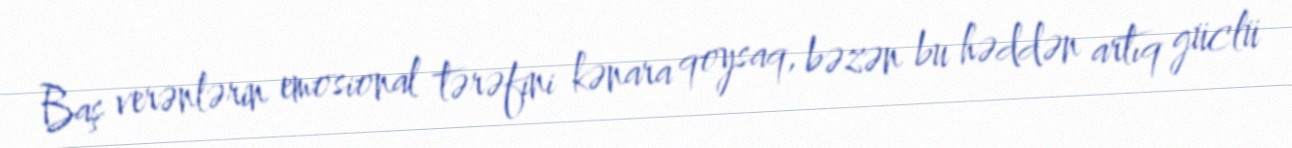
Baş verənlərin emosional tərəfini kənara qoysaq, bəzən bu həddən artıq güclü